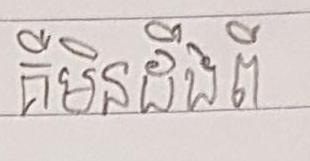
គឺមិនដឹងពី